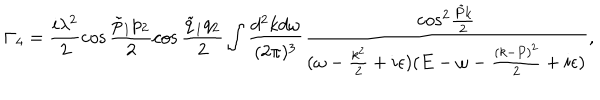
LaTeX: \Gamma _ { 4 } = \frac { i \lambda ^ { 2 } } { 2 } \cos \frac { { \tilde { p } } _ { 1 } p _ { 2 } } { 2 } \cos \frac { { \tilde { q } } _ { 1 } q _ { 2 } } { 2 } \int \frac { d ^ { 2 } k d \omega } { ( 2 \pi ) ^ { 3 } } \frac { \mathrm { c o s } ^ { 2 } \frac { { \tilde { P } } k } { 2 } } { ( \omega - \frac { k ^ { 2 } } { 2 } + i \epsilon ) ( E - \omega - \frac { ( k - P ) ^ { 2 } } { 2 } + i \epsilon ) } ,